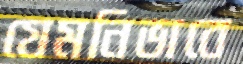
যেমনিভাবে